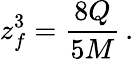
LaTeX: z_{f}^{3}={\frac{8Q}{5M}}\, .